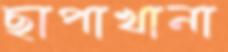
ছাপাখানা